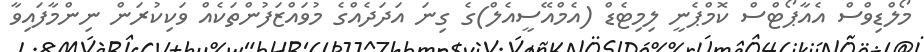
މޯލްޑިވްސް އެއާޕޯޓްސް ކޮމްޕެނީ ލިމިޓެޑް (އެމްއޭސީއެލް)ގެ ގިނަ އަދަދެއްގެ މުވައްޒަފުންތަކެއް ވަކިކުރަން ނިންމާފައިވާ